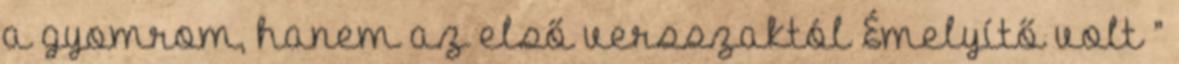
a gyomrom, hanem az első versszaktól Émelyítő volt ”